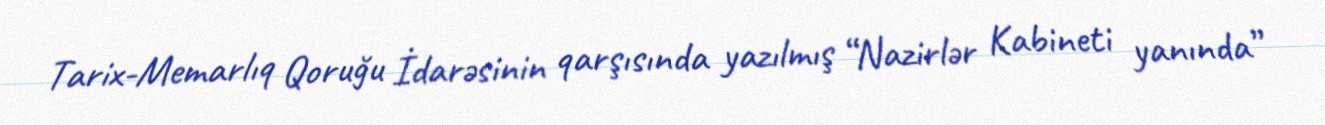
Tarix-Memarlıq Qoruğu İdarəsinin qarşısında yazılmış “Nazirlər Kabineti yanında”